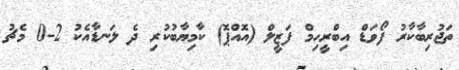
ތަޖުރިބާކާރު ފޯވަޑް އިބްރީހިމް ފަޒީލް (އޮއްޕޮ) ކާމިޔާބުކުރި ދެ ލަނޑާއެކު 2-0 މެޗު